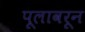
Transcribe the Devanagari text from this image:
पूलावरून